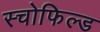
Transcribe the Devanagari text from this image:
स्चोफिल्ड